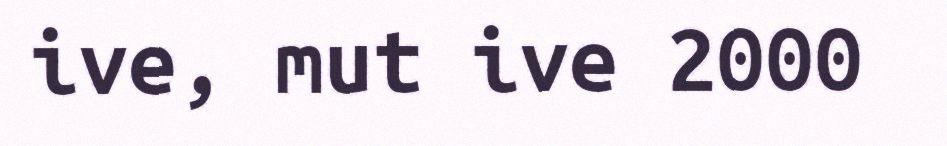
ive, mut ive 2000